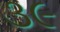
૩૯